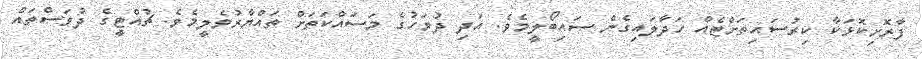
ފާރޮށިކޮޅަކާ ކިރުސައިތަށްޓެއް ހަދާލައިގެން ސައިބޯލީމެވެ. އަދި ދުވަހުގެ މަސައްކަތަށް ތައްޔާރުވެލީމެވެ. ޗުއްޓީގެ ދުވަސްތައް